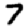
Digit: 7